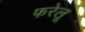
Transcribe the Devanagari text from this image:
फरेलू